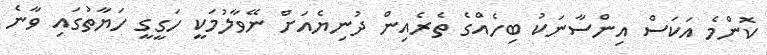
ކޮންމެ އަކަސް އިންސާނަކު ބިހެއްގެ ތެރެއިން ދުނިޔެއަށް ނޭވާލުމަކީ ހަގީގީ ހަޔާތުގައި ވާނެ